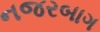
નજરબાગ